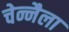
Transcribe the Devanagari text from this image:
चेन्नैला